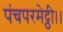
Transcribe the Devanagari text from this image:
पंचपरमेट्ठी।।